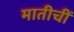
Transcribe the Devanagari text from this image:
मातीचीं